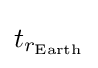
t_{r_{\text{Earth}}}